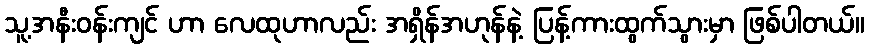
သူ့အနီးဝန်းကျင် ဟာ လေထုဟာလည်း အရှိန်အဟုန်နဲ့ ပြန့်ကားထွက်သွားမှာ ဖြစ်ပါတယ်။